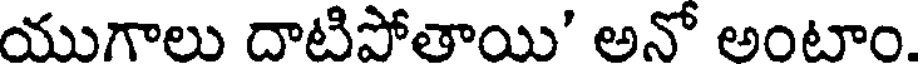
యుగాలు దాటిపోతాయి' అనో అంటాం.